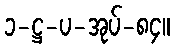
၁-ဋ္ဌ-ပ-အုပ်-၈၄။